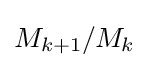
M_{k+1}/M_{k}